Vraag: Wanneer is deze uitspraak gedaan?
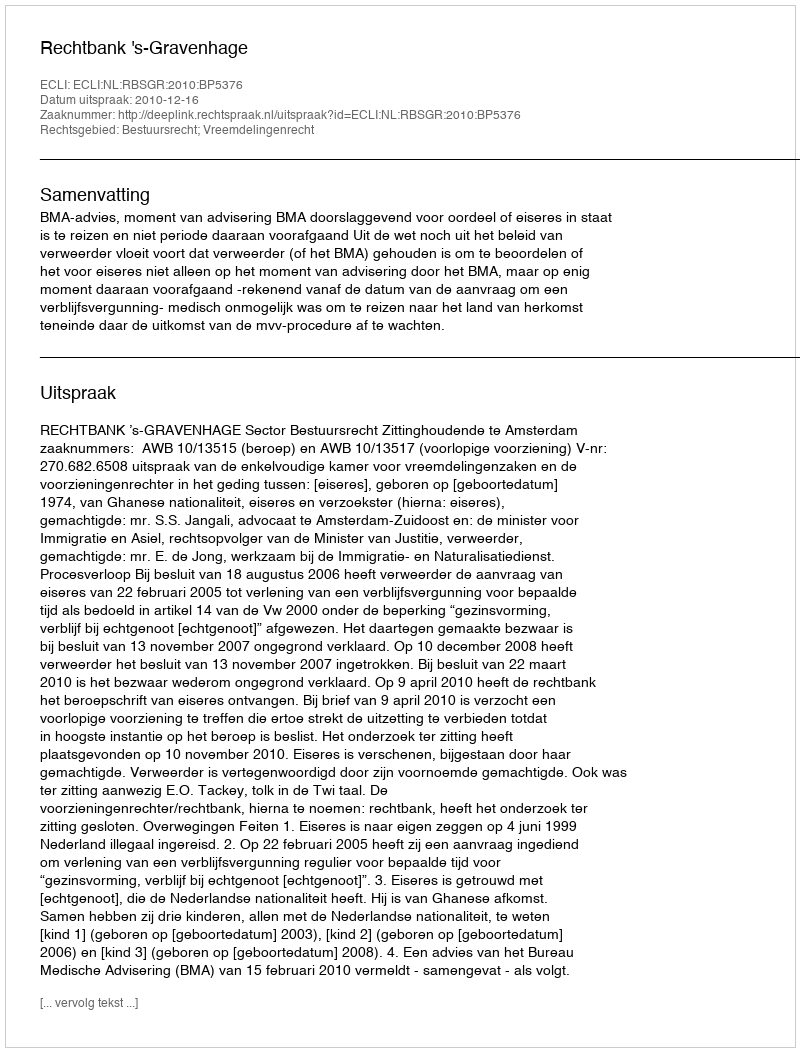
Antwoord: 2010-12-16